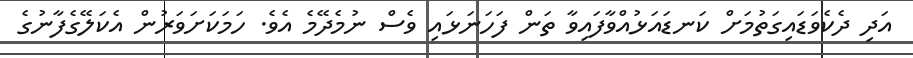
އަދި ދެކެވަޑައިގަތުމަށް ކަނޑައަޅުއްވާފައިވާ ތަން ފަހަނަޅައި ވެސް ނުމެދޭމެ އެވެ. ހަމަކަށަވަރުން އެކަލޭގެފާނުގެ